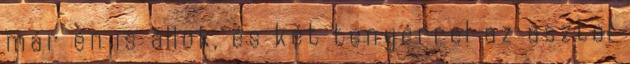
már én is állok, és két tenyérrel az asztal